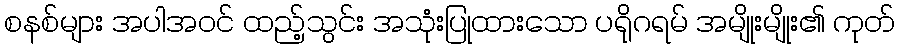
စနစ်များ အပါအဝင် ထည့်သွင်း အသုံးပြုထားသော ပရိုဂရမ် အမျိုးမျိုး၏ ကုတ်